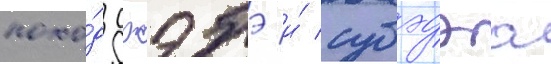
похо́д джэбэ и́ субэдэа